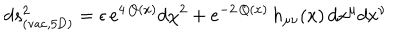
d s _ { \mathrm { ( v a c , 5 D ) } } ^ { 2 } = \epsilon \, e ^ { 4 \, Q ( x ) } d \chi ^ { 2 } + e ^ { - 2 \, Q ( x ) } \, h _ { \mu \nu } ( x ) \, d x ^ { \mu } d x ^ { \nu }